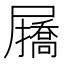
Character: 𭕷